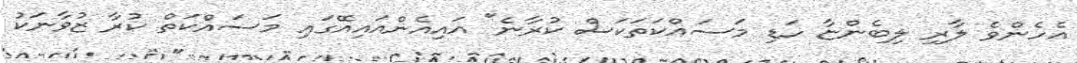
އެހެންވެ ލާރި ލިބެންޏާ ހަޑި މަސައްކަތަކަސް ކުރާނެ" އައިއެންއައިއޭގައި މަސައްކަތް ކުރާ ޒުވާނަކު